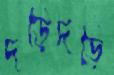
দড়িদড়ি